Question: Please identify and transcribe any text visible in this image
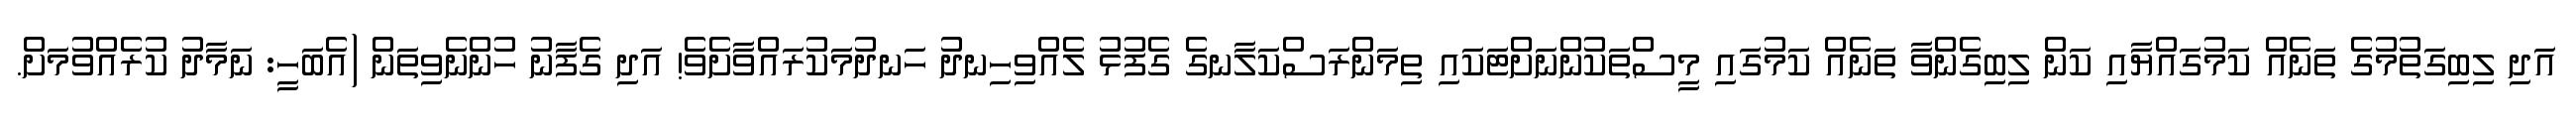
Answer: އަދި ލިބިގަތުމުގެ ތަނެއް ކަމުގައްޔާއި ކަން ލިބިގެންވާ ތަނެއް ކަމުގައި މީސްތަކުންނަށްޓަކައި ތިމަންރަސްކަލާނގެ ގެފުޅު ލެއްވިހިނދު ހަނދުމަކުރައްވާށެވެ! އަދި ގެފާނު ހުންނެވިތަން (އެބަހީ: ނަމާދު ކުރެއްވުމަށް.